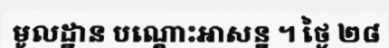
មូលដ្ឋាន បណ្តោះអាសន្ន ។ ថ្ងៃ ២៨